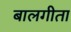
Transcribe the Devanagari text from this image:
बालगीता